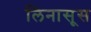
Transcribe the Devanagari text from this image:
लिनासूस